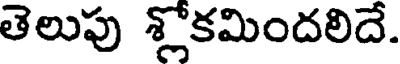
తెలుపు శ్లోకమిందలిదే.